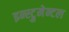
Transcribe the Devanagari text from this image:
इन्स्ट्रुमेन्टल